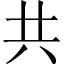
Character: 共